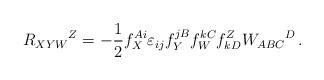
LaTeX: \begin{align*}R_{XYW}{}^Z = - \frac 12 f^{Ai}_X \varepsilon_{ij}f^{jB}_Yf_W^{kC}f^Z_{kD} W_{ABC}{}^D \,. \end{align*}